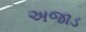
અજાડ